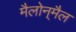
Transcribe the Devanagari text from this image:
मैलोन्‌मैल